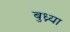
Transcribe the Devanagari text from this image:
बुध्न्या